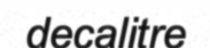
decalitre